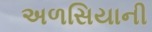
અળસિયાની